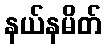
နယ်နမိတ်